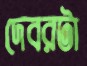
দেবরটা